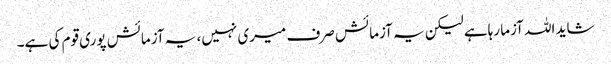
شاید اللہ آزما رہاہے لیکن یہ آزمائش صرف میری نہیں، یہ آزمائش پوری قوم کی ہے۔